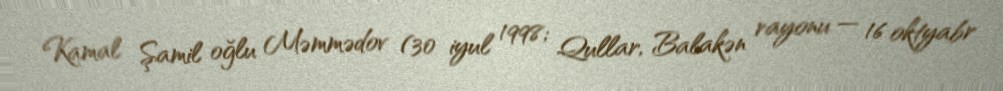
Kamal Şamil oğlu Məmmədov (30 iyul 1998; Qullar, Balakən rayonu — 16 oktyabr